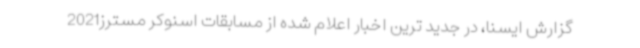
گزارش ایسنا، در جدید ترین اخبار اعلام شده از مسابقات اسنوکر مسترز2021